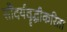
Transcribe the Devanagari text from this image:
सौंदर्यवॄद्धीकरिता